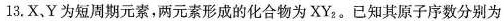
13. X、Y 为短周期元素，两元素形成的化合物为XY_{2}。已知其原子序数分别为